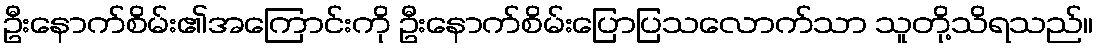
ဦးနောက်စိမ်း၏အကြောင်းကို ဦးနောက်စိမ်းပြောပြသလောက်သာ သူတို့သိရသည်။